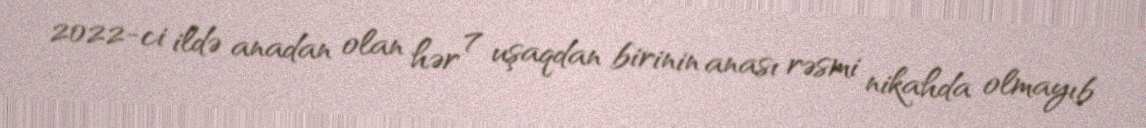
2022-ci ildə anadan olan hər 7 uşaqdan birinin anası rəsmi nikahda olmayıb